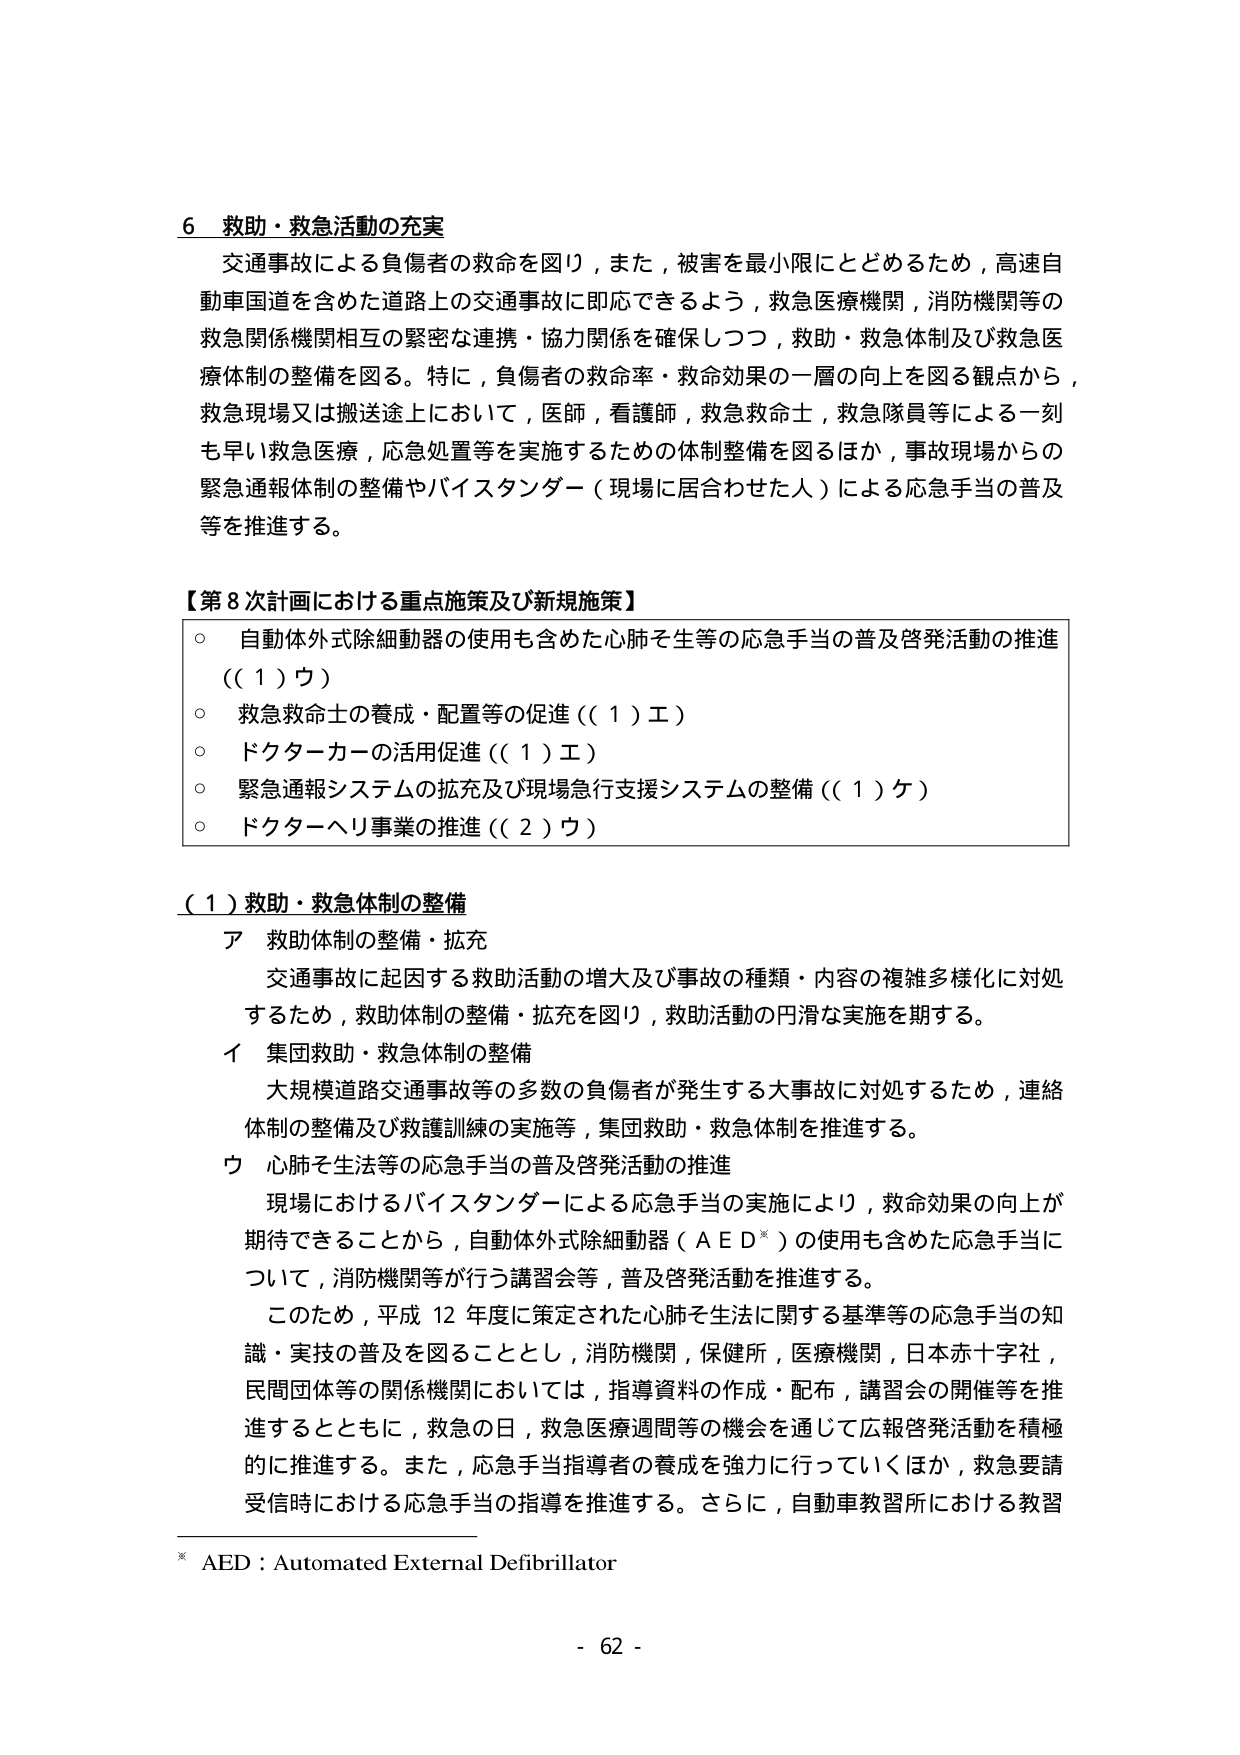
6 救助・救急活動の充実
交通事故による負傷者の救命を図り，また，被害を最小限にとどめるため，高速自動車国道を含めた道路上の交通事故に即応できるよう，救急医療機関，消防機関等の救急関係機関相互の緊密な連携・協力関係を確保しつつ，救助・救急体制及び救急医療体制の整備を図る。特に，負傷者の救命率・救命効果の一層の向上を図る観点から，救急現場又は搬送途上において，医師，看護師，救急救命士，救急隊員等による一刻も早い救急医療，応急処置等を実施するための体制整備を図るほか，事故現場からの緊急通報体制の整備やバイスタンダー（現場に居合わせた人）による応急手当の普及等を推進する。

【第8次計画における重点施策及び新規施策】
○ 自動体外式除細動器の使用も含めた心肺そ生等の応急手当の普及啓発活動の推進（（1）ウ）
○ 救急救命士の養成・配置等の促進（（1）エ）
○ ドクターカーの活用促進（（1）エ）
○ 緊急通報システムの拡充及び現場急行支援システムの整備（（1）ケ）
○ ドクターヘリ事業の推進（（2）ウ）

（1）救助・救急体制の整備
ア 救助体制の整備・拡充
交通事故に起因する救助活動の増大及び事故の種類・内容の複雑多様化に対処するため，救助体制の整備・拡充を図り，救助活動の円滑な実施を期する。
イ 集団救助・救急体制の整備
大規模道路交通事故等の多数の負傷者が発生する大事故に対処するため，連絡体制の整備及び救護訓練の実施等，集団救助・救急体制を推進する。
ウ 心肺そ生法等の応急手当の普及啓発活動の推進
現場におけるバイスタンダーによる応急手当の実施により，救命効果の向上が期待できることから，自動体外式除細動器（AED※）の使用も含めた応急手当について，消防機関等が行う講習会等，普及啓発活動を推進する。
このため，平成12年度に策定された心肺そ生法に関する基準等の応急手当の知識・実技の普及を図ることとし，消防機関，保健所，医療機関，日本赤十字社，民間団体等の関係機関においては，指導資料の作成・配布，講習会の開催等を推進するとともに，救急の日，救急医療週間等の機会を通じて広報啓発活動を積極的に推進する。また，応急手当指導者の養成を強力に行っていくほか，救急要請受信時における応急手当の指導を推進する。さらに，自動車教習所における教習

※ AED：Automated External Defibrillator
- 62 -